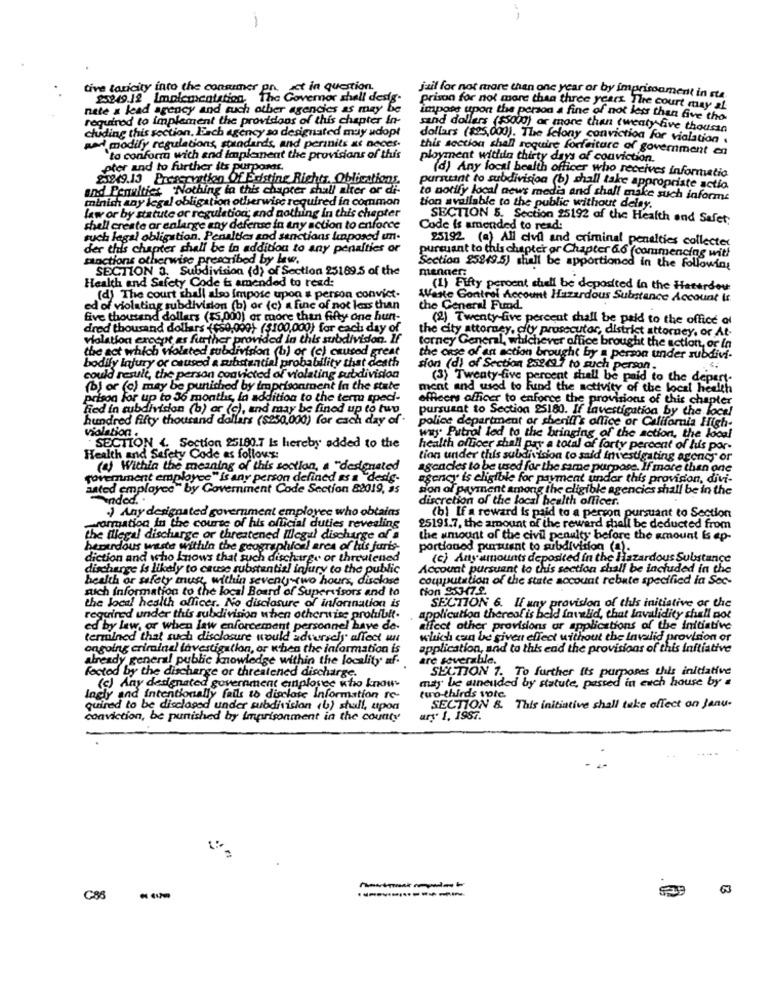
-
Lact in question.
tive taricity into the Sommer the Governor shall dens
25249.12 Implementation.
juil for not more than one year or by imprisonment in sta.
nete a lead agency and such other agencies as may be
prison for not more than three years. The court may al
required to implement the providons of this chapter in-
impose upon the person a fine of not less than five tho
chuiding this section. Each agency so designated muy adopt
sand dollars ($5000) or more than (weaty five thousan
dollars ($25,000). The felony conviction for violation .
port modify regulations standards, and perinits as neces.
this section shall require forfeitare of government en
`to conform with and implement the provisions of this
ployment within thirty days of conviction.
pter and to further its purposes.
(d) Any local health officer who receives informatio
2249.13 Prescription Of Existing Richtr. Obligations
and Penalties "Nothing la this chapter shall alter or di-
pursuant to subdivision (b) shall take appropriate actio
minish any legal obligation otherwise required in common
to notify local news media and shall make such informs
tion available to the public without delay.
law or by statute or regulation and nothing in this chapter
SECTION 5. Section 25192 of the Health and Safety
shell create ar enlange any defense in any action to enforce
Code is amended to read:
such lagal obligation. Penalties and sanctions linposed un.
25192 (a) All civil and criminal penalties collecter
der this chapter shall be in addition to any penalties or
Factions otherwise prescribed by law.
pursuant to this chapter or Chapter 6.6 (commencing with
SECTION a. Subdivision (d) of Section 25189.5 of the
Section 25949.5) shall be apportioned in the following
menaen:
Health and Safety Code & amended to read:
(1) Fifty percent sull be deposited in the Hasardou
(d) The court shall also impose upon a person convict-
Werte Control Account Hazardous Substance Account Is
ed of violating subdivision (b) or (c) a fine of not less than
the General Fund.
five thousand dollars (ss,000) or more than fifty one hun-
(2) Twenty-five percent shall be paid to the office of
dred thousand dollars (650,099) ($100,000) for cach day of
the city attorney, city prosecutor, district attorney, or At-
violation except as further provided in this subdivision. If
the act which violated subdivision (b) or (c) caused great
torney General, whichever office brought the action, or In
bodily injury or caused a substantial probability that death
the case of an action brought by a person under subdivi-
sion (d) of Section 252697 to such person.
could result, the person convicted of violating subdivision
(3) Twenty-five percent shall be paid to the depert-
(b) or (c) may be punished by imprisonment in the state
ment and used to fund the activity of the local health
prison for up to 36 months, in addition to the term sped-
officers officer to enforce the provisions of this chapter
fied in subdivision (b) or (c), and may be fined up to two
pursusat to Section 25180. If Investigation by the local
hundred fifty thousand dollars ($250.000) for each day of
police department or sheriff's office or California High-
violation ...
way Patrol led to the bringing of the action, the local
SECTION . Section 25180.7 Is hereby added to the
health officer shall pay a total of forty percent of hus por-
Health and Safety Code as follows:
tion under this subdivision to said investigating agency or
(4) Within the meaning of this section, a "destinated
agencies to be used for the same purpose. If more than one
government employee" is any person defined as a "desig-
agency is eligible for payment undor this provision, divi-
aated employee by Government Code Section 88019, 35
son of payment among the cligible agencies shall be in the
andod ...
discretion of the local health officer.
.) Any designated government employee who obtains
(b) If a reward is paid to a person pursuant to Section
prormation in the course of his official duties revealing
25191.7. the amount of the reward shall be deducted from
the illegal discharge or threatened Illegal discharge of a
the amount of the civil penalty before the amount Is ep-
berardous waste within the geographical area of his juris.
portioned pursuant to subdivision (a).
diction and who knows that such discharge or threatened
(c) Any amounts deposited in the Hazardous Substance
discharge is likely to cause substantial injury to the public
Account pursuant to this section shall be included in the
health or safety muse, within seventy two hours, disclose
computation of the state account rebute specified in Sec-
sich information to the local Board of Supervisors and to
tion $5347.9.
SECTION 6. If any provision of this initiative or the
the local health officer. No disclosure of information is
required under this subdivision when otherwise prohfbit.
application thereof is beld invalid, that Invalidity shall not
ed by law, or when law enforcement personnel have de-
affect other provisions or applications of the initiative
termined that such disclosure would adversely affect w
which can be given effect without the Invalid provision or
ongoing criminal investigation, or when the information is
application, and to this ead the provisions of this initiative
already general public knowledge within the locality uf-
are severabile.
SECTION 1. To further its purposes this initative
fected by the dischange or threatened discharge.
may be aineuded by statute, passed in each house by a
(c) Any designated government employee who know
Ingly and intentionally fails to disclose Information re-
two-thirds vote.
quired to be disclosed under subdivision (b) shall, upon
SECTION &. This initiative shall take effect on Janu.
conviction, be punished by imprisonment in the county
ary. 1, 1987.
Css - - >